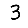
Digit: 3